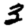
Digit: 3